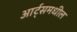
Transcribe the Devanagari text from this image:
आर्ट्‌समधील